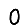
Digit: 0